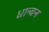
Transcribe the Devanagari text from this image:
धान्वन